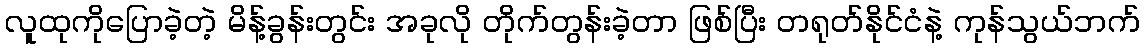
လူထုကိုပြောခဲ့တဲ့ မိန့်ခွန်းတွင်း အခုလို တိုက်တွန်းခဲ့တာ ဖြစ်ပြီး တရုတ်နိုင်ငံနဲ့ ကုန်သွယ်ဘက်